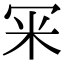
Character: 冞